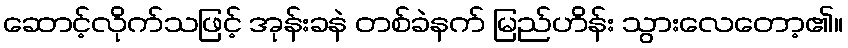
ဆောင့်လိုက်သဖြင့် အုန်းခနဲ တစ်ခဲနက် မြည်ဟိန်း သွားလေတော့၏။